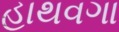
હાથવગા